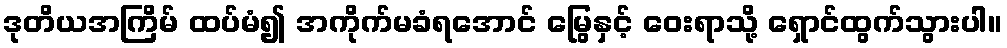
ဒုတိယအကြိမ် ထပ်မံ၍ အကိုက်မခံရအောင် မြွေနှင့် ဝေးရာသို့ ရှောင်ထွက်သွားပါ။